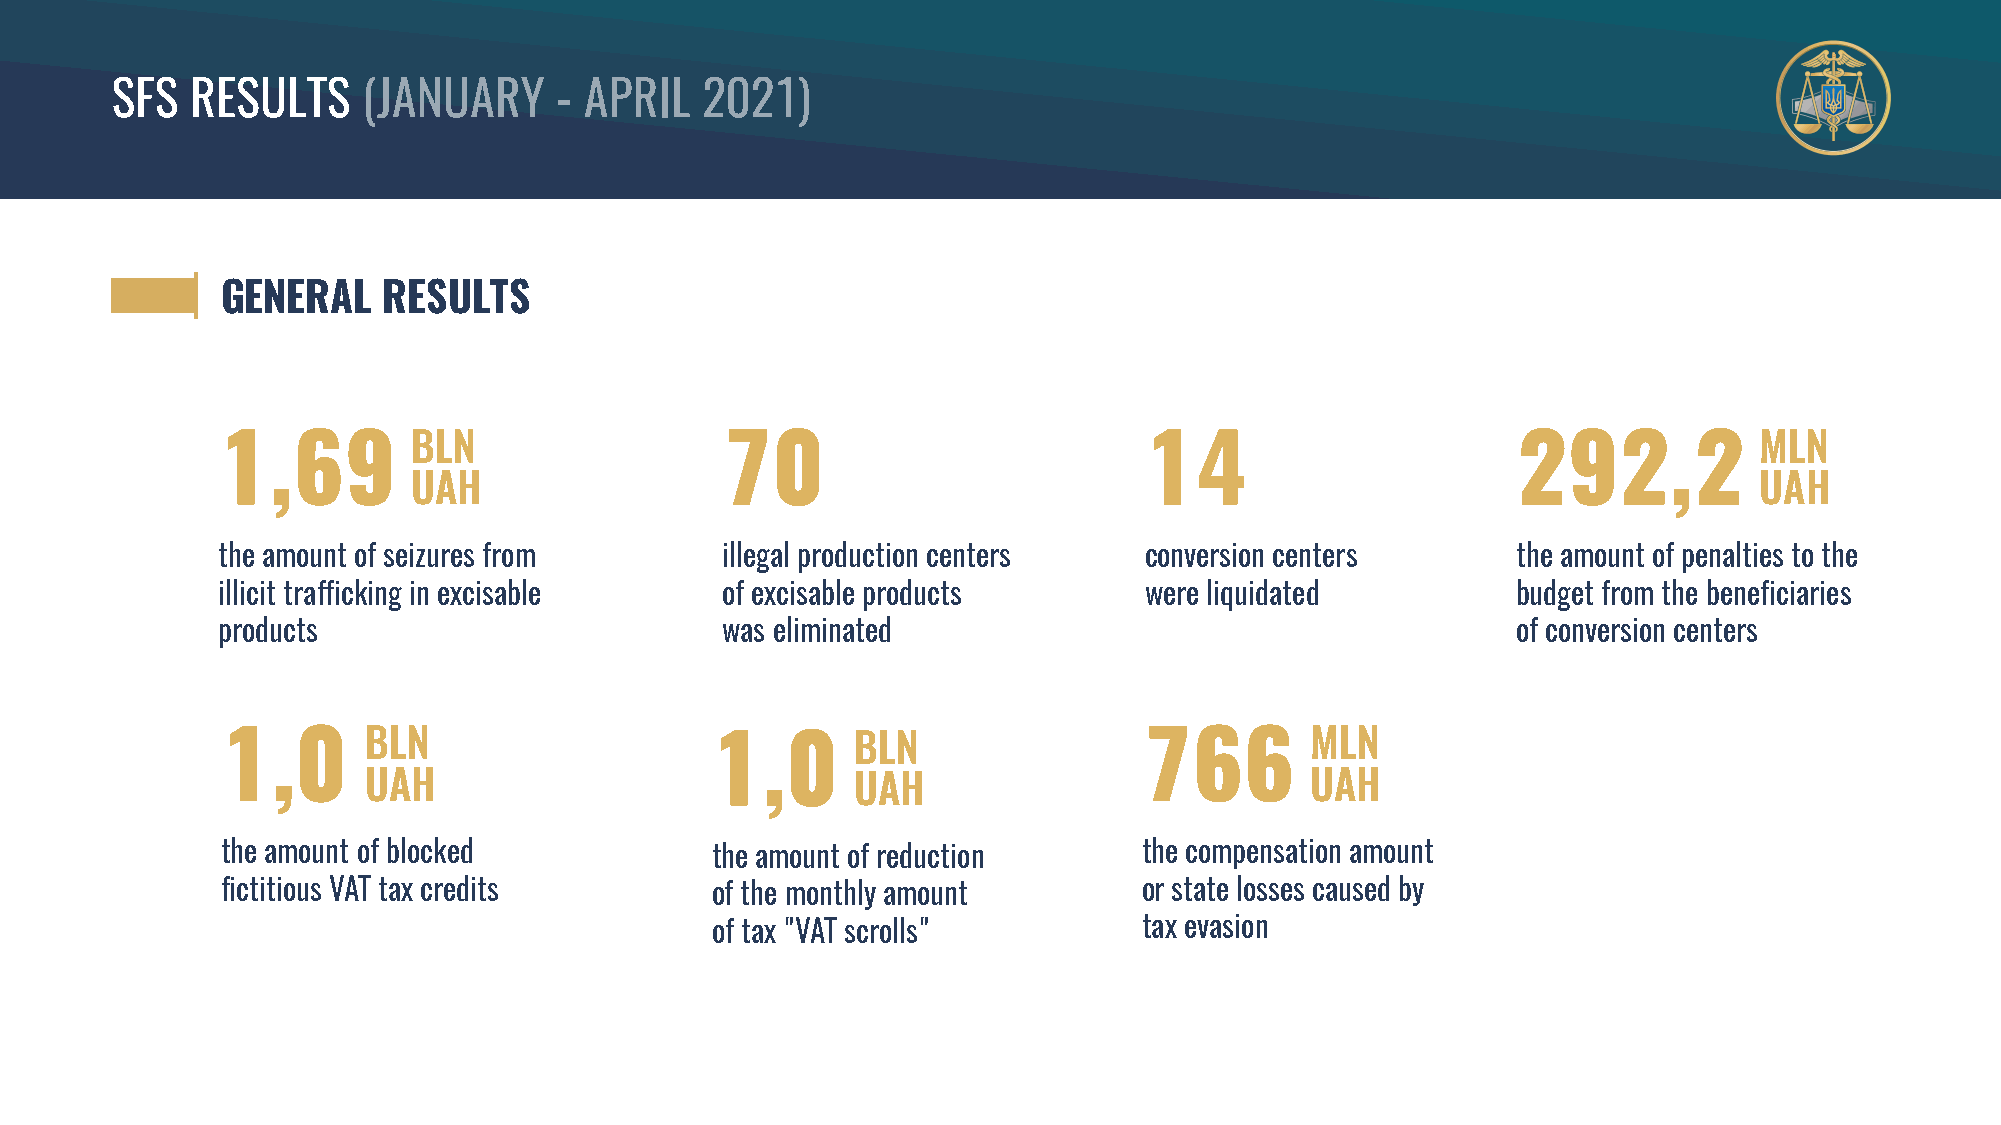
SFS   RESULTS    (JANUARY     - APRIL  2021)
 GENERAL   RESULTS
 BLN                                                                                      MLN
 1,69                              70                          14                      292,2
 UAH                                                                                      UAH
 the amount of seizures from       illegal production centers  conversion centers      the amount of penalties to the
 illicit trafficking in excisable  of excisable products       were liquidated         budget from the beneficiaries
 products                          was eliminated                                      of conversion centers
 BLN                              BLN                           MLN
 1,0                             1,0                          766
 UAH                              UAH                           UAH
 the amount of blocked           the amount of reduction      the compensation amount
 fictitious VAT tax credits      of the monthly amount        or state losses caused by
 of tax "VAT scrolls"         tax evasion